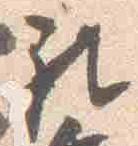
礼